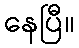
နေပြီ။